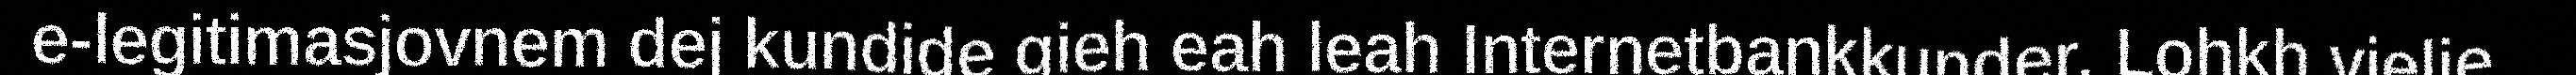
e-legitimasjovnem dej kundide gieh eah leah Internetbankkunder. Lohkh vielie